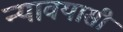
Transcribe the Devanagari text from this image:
न्यावयासी